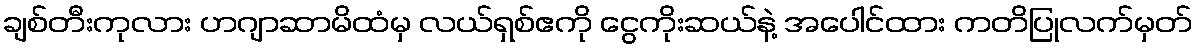
ချစ်တီးကုလား ဟဂျာဆာမိထံမှ လယ်ရှစ်ဧကို ငွေကိုးဆယ်နဲ့ အပေါင်ထား ကတိပြုလက်မှတ်